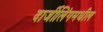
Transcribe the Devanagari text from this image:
दार्जीलिंगमधील